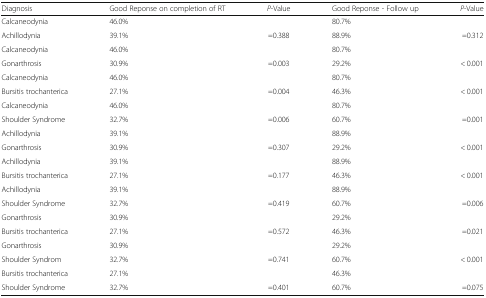
<table><thead><tr><td><b>Diagnosis</b></td><td><b>Good Reponse on completion of RT</b></td><td><b><i>P</i>-Value</b></td><td><b>Good Reponse - Follow up</b></td><td><b><i>P</i>-Value</b></td></tr></thead><tbody><tr><td>Calcaneodynia</td><td>46.0%</td><td></td><td>80.7%</td><td></td></tr><tr><td>Achillodynia</td><td>39.1%</td><td>=0.388</td><td>88.9%</td><td>=0.312</td></tr><tr><td>Calcaneodynia</td><td>46.0%</td><td></td><td>80.7%</td><td></td></tr><tr><td>Gonarthrosis</td><td>30.9%</td><td>=0.003</td><td>29.2%</td><td>&lt; 0.001</td></tr><tr><td>Calcaneodynia</td><td>46.0%</td><td></td><td>80.7%</td><td></td></tr><tr><td>Bursitis trochanterica</td><td>27.1%</td><td>=0.004</td><td>46.3%</td><td>&lt; 0.001</td></tr><tr><td>Calcaneodynia</td><td>46.0%</td><td></td><td>80.7%</td><td></td></tr><tr><td>Shoulder Syndrome</td><td>32.7%</td><td>=0.006</td><td>60.7%</td><td>=0.001</td></tr><tr><td>Achillodynia</td><td>39.1%</td><td></td><td>88.9%</td><td></td></tr><tr><td>Gonarthrosis</td><td>30.9%</td><td>=0.307</td><td>29.2%</td><td>&lt; 0.001</td></tr><tr><td>Achillodynia</td><td>39.1%</td><td></td><td>88.9%</td><td></td></tr><tr><td>Bursitis trochanterica</td><td>27.1%</td><td>=0.177</td><td>46.3%</td><td>&lt; 0.001</td></tr><tr><td>Achillodynia</td><td>39.1%</td><td></td><td>88.9%</td><td></td></tr><tr><td>Shoulder Syndrome</td><td>32.7%</td><td>=0.419</td><td>60.7%</td><td>=0.006</td></tr><tr><td>Gonarthrosis</td><td>30.9%</td><td></td><td>29.2%</td><td></td></tr><tr><td>Bursitis trochanterica</td><td>27.1%</td><td>=0.572</td><td>46.3%</td><td>=0.021</td></tr><tr><td>Gonarthrosis</td><td>30.9%</td><td></td><td>29.2%</td><td></td></tr><tr><td>Shoulder Syndrom</td><td>32.7%</td><td>=0.741</td><td>60.7%</td><td>&lt; 0.001</td></tr><tr><td>Bursitis trochanterica</td><td>27.1%</td><td></td><td>46.3%</td><td></td></tr><tr><td>Shoulder Syndrome</td><td>32.7%</td><td>=0.401</td><td>60.7%</td><td>=0.075</td></tr></tbody></table>